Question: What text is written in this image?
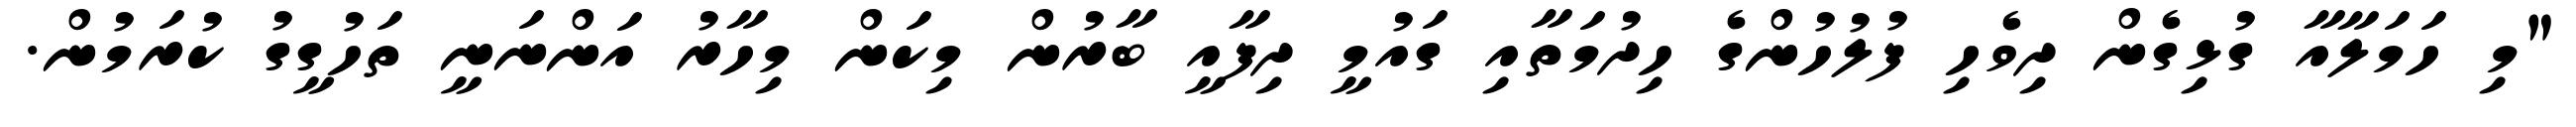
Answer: "މި ހަމަލާއާ ގުޅިގެން ދިވެހި ފުލުހުންގެ ހިދުމަތާއި ގައުމީ ދިފާއީ ބާރުން މިކަން މިހާރު އަންނަނީ ތަހުގީގު ކުރަމުން.